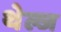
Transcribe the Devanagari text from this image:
थेल्ज